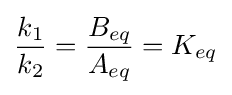
{\frac {k_{1}}{k_{2}}}={\frac {B_{eq}}{A_{eq}}}=K_{eq}